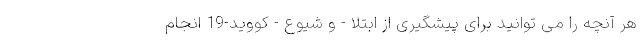
هر آنچه را می توانید برای پیشگیری از ابتلا - و شیوع - کووید-19 انجام